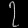
Digit: ၇